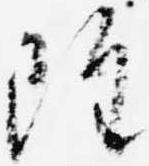
雖